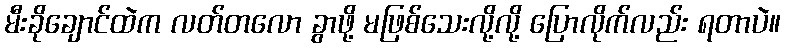
မီးခိုချောင်ထဲက လတ်တလော ခွာဖို့ မဖြစ်သေးလို့လို့ ပြောလိုက်လည်း ရတာပဲ။